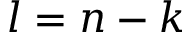
l = n - k